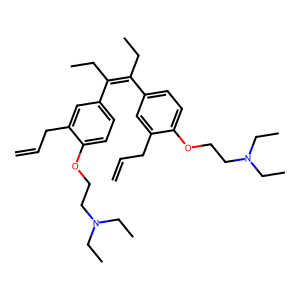
SMILES: C=CCc1cc(C(CC)=C(CC)c2ccc(OCCN(CC)CC)c(CC=C)c2)ccc1OCCN(CC)CC
Inhibits HIV replication: No